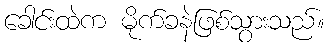
ခေါင်းထဲက မိုက်ခနဲဖြစ်သွားသည်။